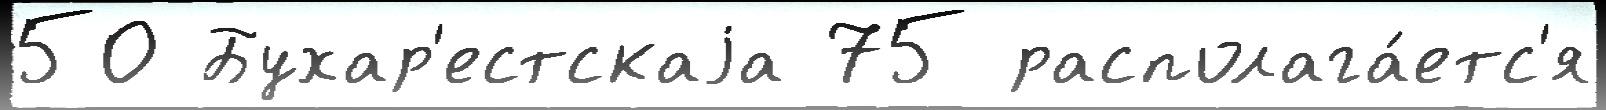
50 Бухар'естскаjа 75 располага́етс'я